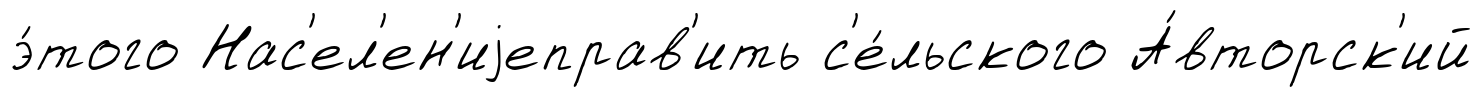
э́того Нас'ел'ен'иjеправ'ить с'е́льского А́вторск'ий